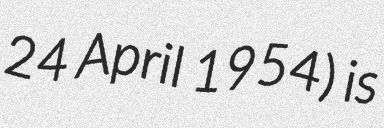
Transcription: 24 April 1954) is